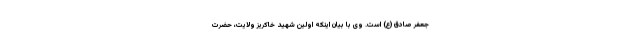
جعفر صادق (ع) است. وی با بیان اینکه اولین شهید خاکریز ولایت، حضرت